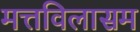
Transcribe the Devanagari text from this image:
मत्तविलासम